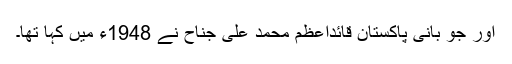
اور جو بانی پاکستان قائداعظم محمد علی جناحؒ نے 1948ء میں کہا تھا۔